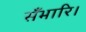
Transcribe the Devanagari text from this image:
सँभारि।